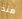
منذ